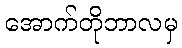
အောက်တိုဘာလမှ